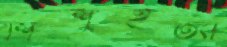
শিশুহত্যা